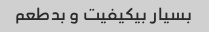
بسیار بیکیفیت و بدطعم